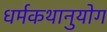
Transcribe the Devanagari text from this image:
धर्मकथानुयोग